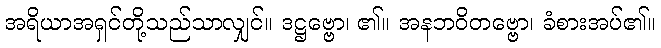
အရိယာအရှင်တို့သည်သာလျှင်။ ဒဋ္ဌဗ္ဗော၊ ၏။ အနဘဝိတဗ္ဗော၊ ခံစားအပ်၏။